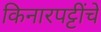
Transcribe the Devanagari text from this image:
किनारपट्टींचे